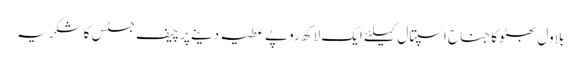
بلاول بھٹو کا جناح اسپتال کیلئے ایک لاکھ روپے عطیہ دینے پر چیف جسٹس کاشکریہ